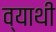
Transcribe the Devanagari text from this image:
व्याथी